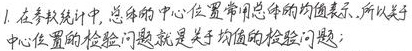
1. 在参数统计中,总体的中心位置常用总体的均值表示,所以关于
中心位置的检验问题就是关于均值的检验问题;